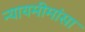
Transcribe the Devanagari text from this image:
न्यायमीमांसा